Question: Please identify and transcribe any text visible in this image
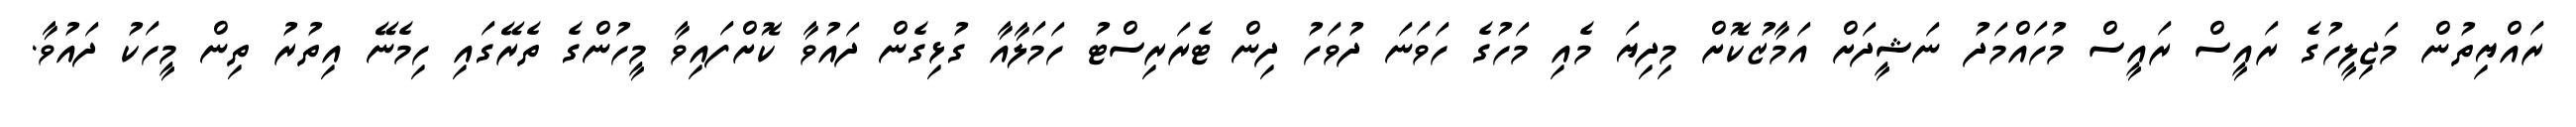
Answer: ރައްޔިތުން މަޖިލީހުގެ ރައީސް ރައީސް މުހައްމަދު ނަޝީދަށް އަމާޒުކޮށް މިދިޔަ މެއި މަހުގެ ހަވަނަ ދުވަހު ދިން ޓެރަރިސްޓު ހަމަލާއާ ގުޅިގެން ދައުވާ ކޮށްފައިވާ މީހުންގެ ތެރޭގައި ހިމެނޭ އިތުރު ތިން މީހަކު ދައުވާ.